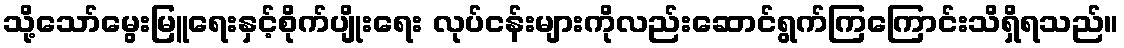
သို့သော်မွေးမြူရေးနှင့်စိုက်ပျိုးရေး လုပ်ငန်းများကိုလည်းဆောင်ရွက်ကြကြောင်းသိရှိရသည်။